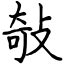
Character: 敧